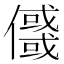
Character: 𠐲